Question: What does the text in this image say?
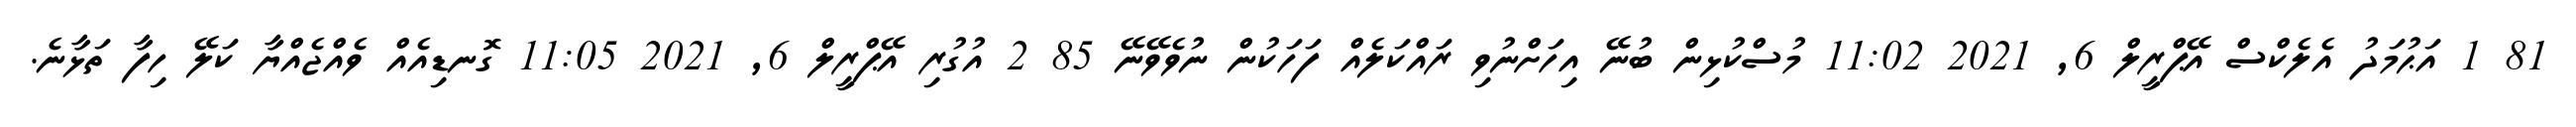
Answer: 81 1 އަޙުމަދު އެލެކްސް އޭޕްރީލް 6, 2021 11:02 މުސްކުޅިން ބުނޭ އިހަށްނުވި ރައްކަލެއް ފަހަކުން ނުވެވޭނޭ 85 2 އުގުރި އޭޕްރީލް 6, 2021 11:05 ގޮނޑިއެއް ވެއްޖެއްޔާ ކަލޭ ހިފާ ތަޅާނެ.